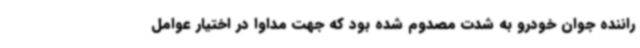
راننده جوان خودرو به شدت مصدوم شده بود که جهت مداوا در اختیار عوامل